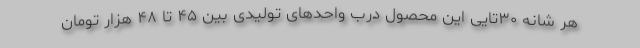
هر شانه ۳۰تایی این محصول درب واحدهای تولیدی بین ۴۵ تا ۴۸ هزار تومان